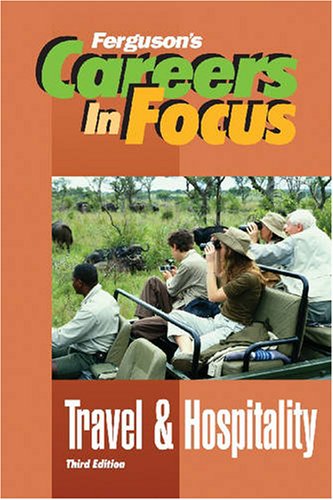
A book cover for Travel & Hospitality (Ferguson's Careers in Focus); Facts on File; Teen & Young Adult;